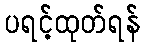
ပရင့်ထုတ်ရန်